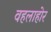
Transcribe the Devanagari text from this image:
वहलाहोर